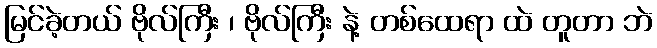
မြင်ခဲ့တယ် ဗိုလ်ကြီး ၊ ဗိုလ်ကြီး နဲ့ တစ်ထေရာ ထဲ တူတာ ဘဲ